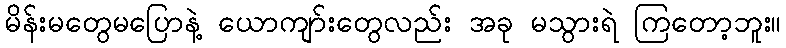
မိန်းမတွေမပြောနဲ့ ယောကျာ်းတွေလည်း အခု မသွားရဲ ကြတော့ဘူး။